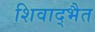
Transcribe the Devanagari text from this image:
शिवाद्भैत